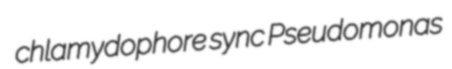
chlamydophore sync Pseudomonas